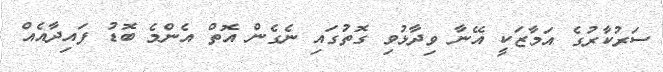
ސަރުކާރުގެ އަމާޒަކީ އޭނާ ވިދާޅުވި ގޮތުގައި ނެގެން އޮތް އެންމެ ބޮޑު ފައިދާއެއް